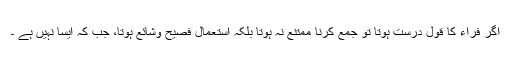
اگر فراء کا قول درست ہوتا تو جمع کرنا ممتنع نہ ہوتا بلکہ استعمال فصیح وشائع ہوتا، جب کہ ایسا نہیں ہے ۔